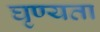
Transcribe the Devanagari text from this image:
घृण्यता